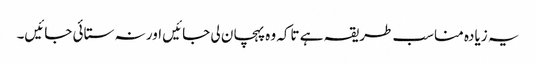
یہ زیادہ مناسب طریقہ ہے تاکہ وہ پہچان لی جائیں اور نہ ستائی جائیں۔